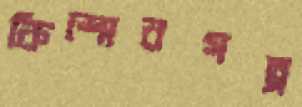
কিশোরগল্প